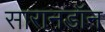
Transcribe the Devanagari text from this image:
सारानडॉन